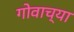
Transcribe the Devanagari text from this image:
गोवाच्या